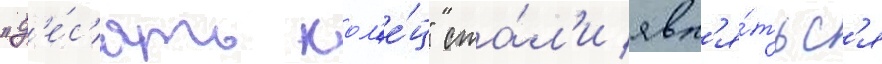
"д'е́с'ять кол'е́ц" ста́л'и явл'я́тьс'я